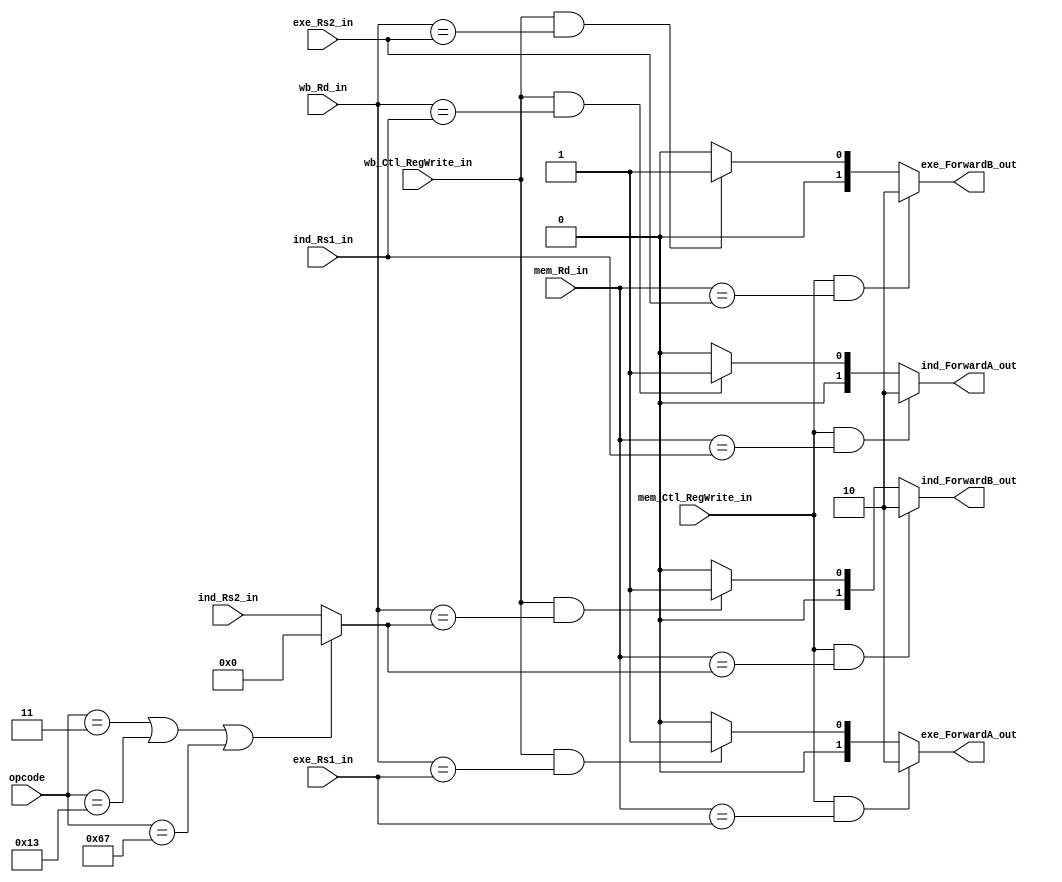
`timescale 1ns / 1ps
//////////////////////////////////////////////////////////////////////////////////
// Company: 
// Engineer: 
// 
// Design Name: 
// Module Name: Forwarding_unit
// Project Name: 
// Target Devices: 
// Tool Versions: 
// Description: 
// 
// Dependencies: 
// 
// Revision:
// Revision 0.01 - File Created
// Additional Comments:
// 
//////////////////////////////////////////////////////////////////////////////////


module Forwarding_unit(
    input mem_Ctl_RegWrite_in, wb_Ctl_RegWrite_in,
    input [4:0] exe_Rs1_in, exe_Rs2_in, mem_Rd_in, wb_Rd_in,
	input [4:0] ind_Rs1_in, ind_Rs2_in,
	input [6:0] opcode,
    output [1:0] exe_ForwardA_out, exe_ForwardB_out,
	output [1:0] ind_ForwardA_out, ind_ForwardB_out
    );

	wire [4:0] Rs2_in = (
            opcode == 7'b0000011 ||
            opcode == 7'b0010011 ||
            opcode == 7'b1100111)       ? 0 : ind_Rs2_in;	
            
    assign exe_ForwardA_out = (mem_Ctl_RegWrite_in && (mem_Rd_in == exe_Rs1_in)) ? 2'b10 : (wb_Ctl_RegWrite_in && (wb_Rd_in == exe_Rs1_in)) ? 2'b01 : 2'b00;
    assign exe_ForwardB_out = (mem_Ctl_RegWrite_in && (mem_Rd_in == exe_Rs2_in)) ? 2'b10 : (wb_Ctl_RegWrite_in && (wb_Rd_in == exe_Rs2_in)) ? 2'b01 : 2'b00;
	
	//additional code
	assign ind_ForwardA_out = (mem_Ctl_RegWrite_in && (mem_Rd_in == ind_Rs1_in)) ? 2'b10 : (wb_Ctl_RegWrite_in && (wb_Rd_in == ind_Rs1_in)) ? 2'b01 : 2'b00;
    assign ind_ForwardB_out = (mem_Ctl_RegWrite_in && (mem_Rd_in == Rs2_in)) ? 2'b10 : (wb_Ctl_RegWrite_in && (wb_Rd_in == Rs2_in)) ? 2'b01 : 2'b00;
	
endmodule